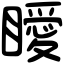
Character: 瞹